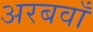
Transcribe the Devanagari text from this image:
अरबवाँ